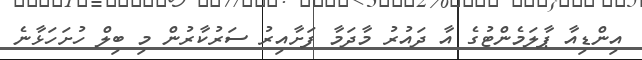
އިންޑިއާ ޕާލަމެންޓުގެ އާ ދައުރު މާދަމާ ފަށާއިރު ސަރުކާރުން މި ބިލް ހުށަހަޅާނެ